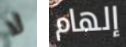
لا إلهام